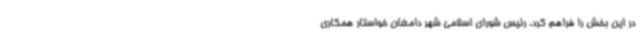
در این بخش را فراهم کرد. رئیس شورای اسلامی شهر دامغان خواستار همکاری